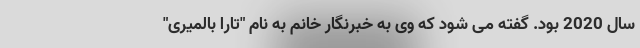
سال 2020 بود. گفته می شود که وی به خبرنگار خانم به نام "تارا بالمیری"